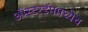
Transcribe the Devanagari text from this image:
अॅम्स्टरडॅममध्येच